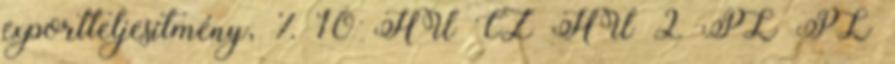
exportteljesítmény, % 10 HU CZ HU 2 PL PL